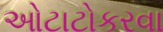
ઓટાટોકરવા